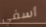
أسفي